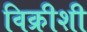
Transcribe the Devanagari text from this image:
विक्रीशी